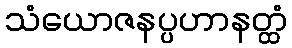
သံယောဇနပ္ပဟာနတ္ထံ